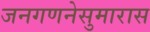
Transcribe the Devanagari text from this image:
जनगणनेसुमारास